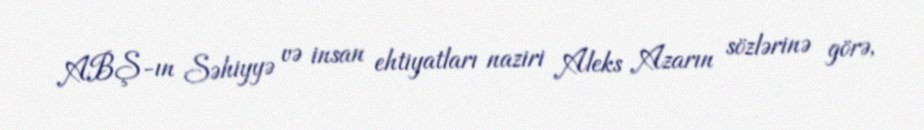
ABŞ-ın Səhiyyə və insan ehtiyatları naziri Aleks Azarın sözlərinə görə,